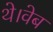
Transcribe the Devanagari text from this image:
थे।वेब